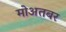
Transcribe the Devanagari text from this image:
मोअतबर